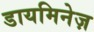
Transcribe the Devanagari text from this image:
डायमिनेज़